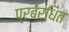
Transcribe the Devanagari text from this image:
प्रबर्धित